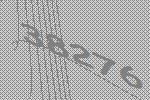
38276